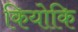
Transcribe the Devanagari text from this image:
कियोकि